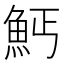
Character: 𲌱